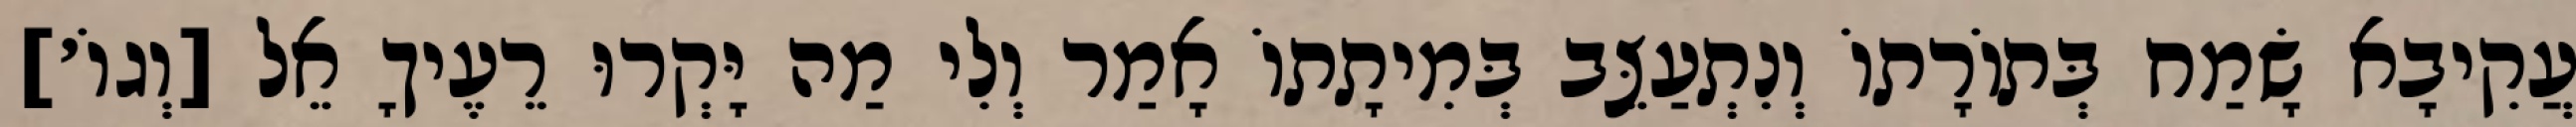
עֲקִיבָא שָׂמַח בְּתוֹרָתוֹ וְנִתְעַצֵּב בְּמִיתָתוֹ אָמַר וְלִי מַה יָּקְרוּ רֵעֶיךָ אֵל [וְגוֹ׳]